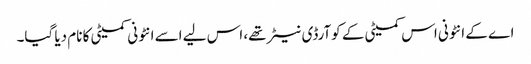
اے کے انٹونی اس کمیٹی کے کوآرڈی نیٹر تھے، اس لیے اسے انٹونی کمیٹی کا نام دیا گیا۔